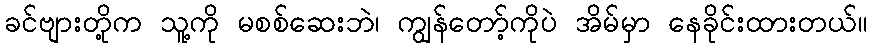
ခင်ဗျားတို့က သူ့ကို မစစ်ဆေးဘဲ၊ ကျွန်တော့်ကိုပဲ အိမ်မှာ နေခိုင်းထားတယ်။